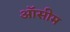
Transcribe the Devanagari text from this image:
ऑसीम